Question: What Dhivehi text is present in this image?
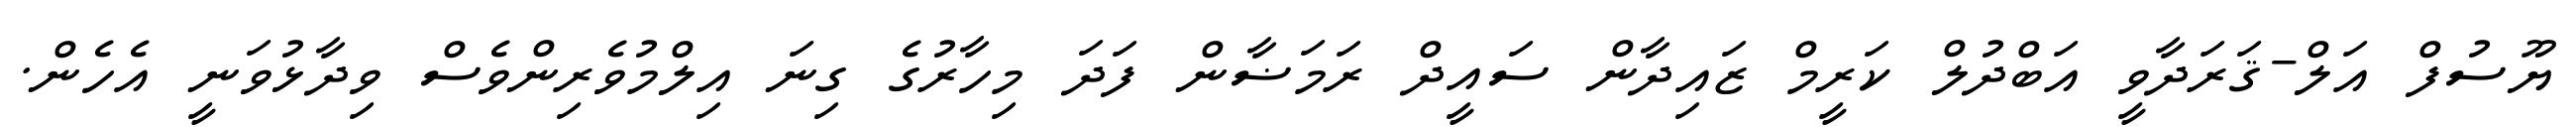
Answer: ޔޫސުފް އަލް-ޤަރަދާވީ އަބްދުލް ކަރީމް ޒައިދާން ސައީދް ރަމަޟާން ފަދަ މިހާރުގެ ގިނަ އިލްމުވެރިންވެސް ވިދާޅުވަނީ އެހެން.